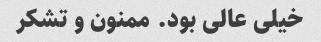
خیلی عالی بود. ممنون و تشکر